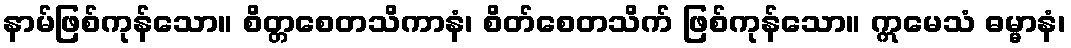
နာမ်ဖြစ်ကုန်သော။ စိတ္တစေတသိကာနံ၊ စိတ်စေတသိက် ဖြစ်ကုန်သော။ ဣမေသံ ဓမ္မာနံ၊